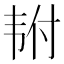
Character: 𬰴